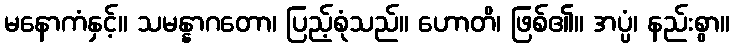
မနောကံနှင့်။ သမန္နာဂတော၊ ပြည့်စုံသည်။ ဟောတိ၊ ဖြစ်၏။ အပ္ပံ၊ နည်းစွာ။